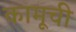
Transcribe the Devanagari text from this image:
कामूची